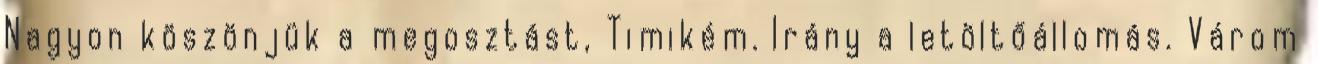
Nagyon köszönjük a megosztást, Timikém. Irány a letöltőállomás. Várom